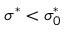
\sigma ^ { * } < \sigma _ { 0 } ^ { * }